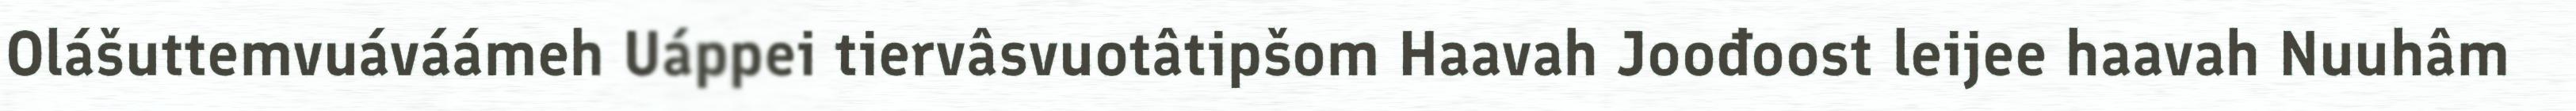
Olášuttemvuáváámeh Uáppei tiervâsvuotâtipšom Haavah Joođoost leijee haavah Nuuhâm